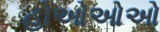
હોઓઓઓ